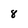
Character: 8